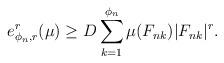
LaTeX: \begin{align*}e_{\phi_{n},r}^{r}(\mu)\geq D\sum_{k=1}^{\phi_{n}}\mu(F_{nk})|F_{nk}|^{r}.\end{align*}